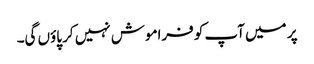
پر میں آپ کو فراموش نہیں کر پاؤں گی۔